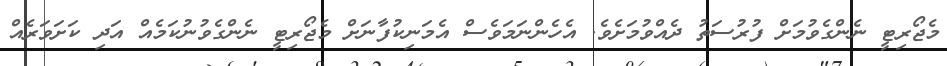
މެޖޯރިޓީ ނެންގެވުމަށް ފުރުސަތު ދެއްވުމަށެވެ. އެހެންނަމަވެސް އެމަނިކުފާނަށް މެޖޯރިޓީ ނެންގެވުނުކަމެއް އަދި ކަށަވަރެއް